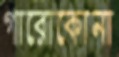
গারোকোনা